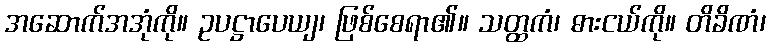
အဆောက်အအုံကို။ ဥပဋ္ဌာပေယျ၊ ဖြစ်စေရာ၏။ သတ္ထကံ၊ ဓားငယ်ကို။ တိခိဏံ၊